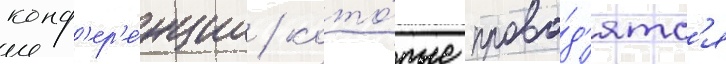
конф'ер'е́нции / кото́рые прово́д'ятс'я